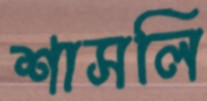
শাসলি